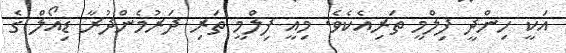
އަކީ ހިންދީ ފިލްމީ ތަރިއެކެވެ. މިއީ ފިލްމީ ތަރި ދަރުމެންދުރާ ޑިއޯލް ގެ